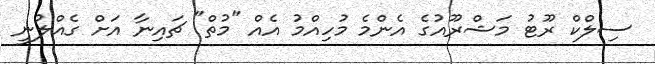
ސިލްކް ރޫޓު މަޝްރޫއުގެ އެންމެ މުހިއްމު އެއް "މުތް" ޗައިނާ އަށް ގެއްލުނީ